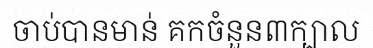
ចាប់បានមាន់ គកចំនួន៣ក្បាល